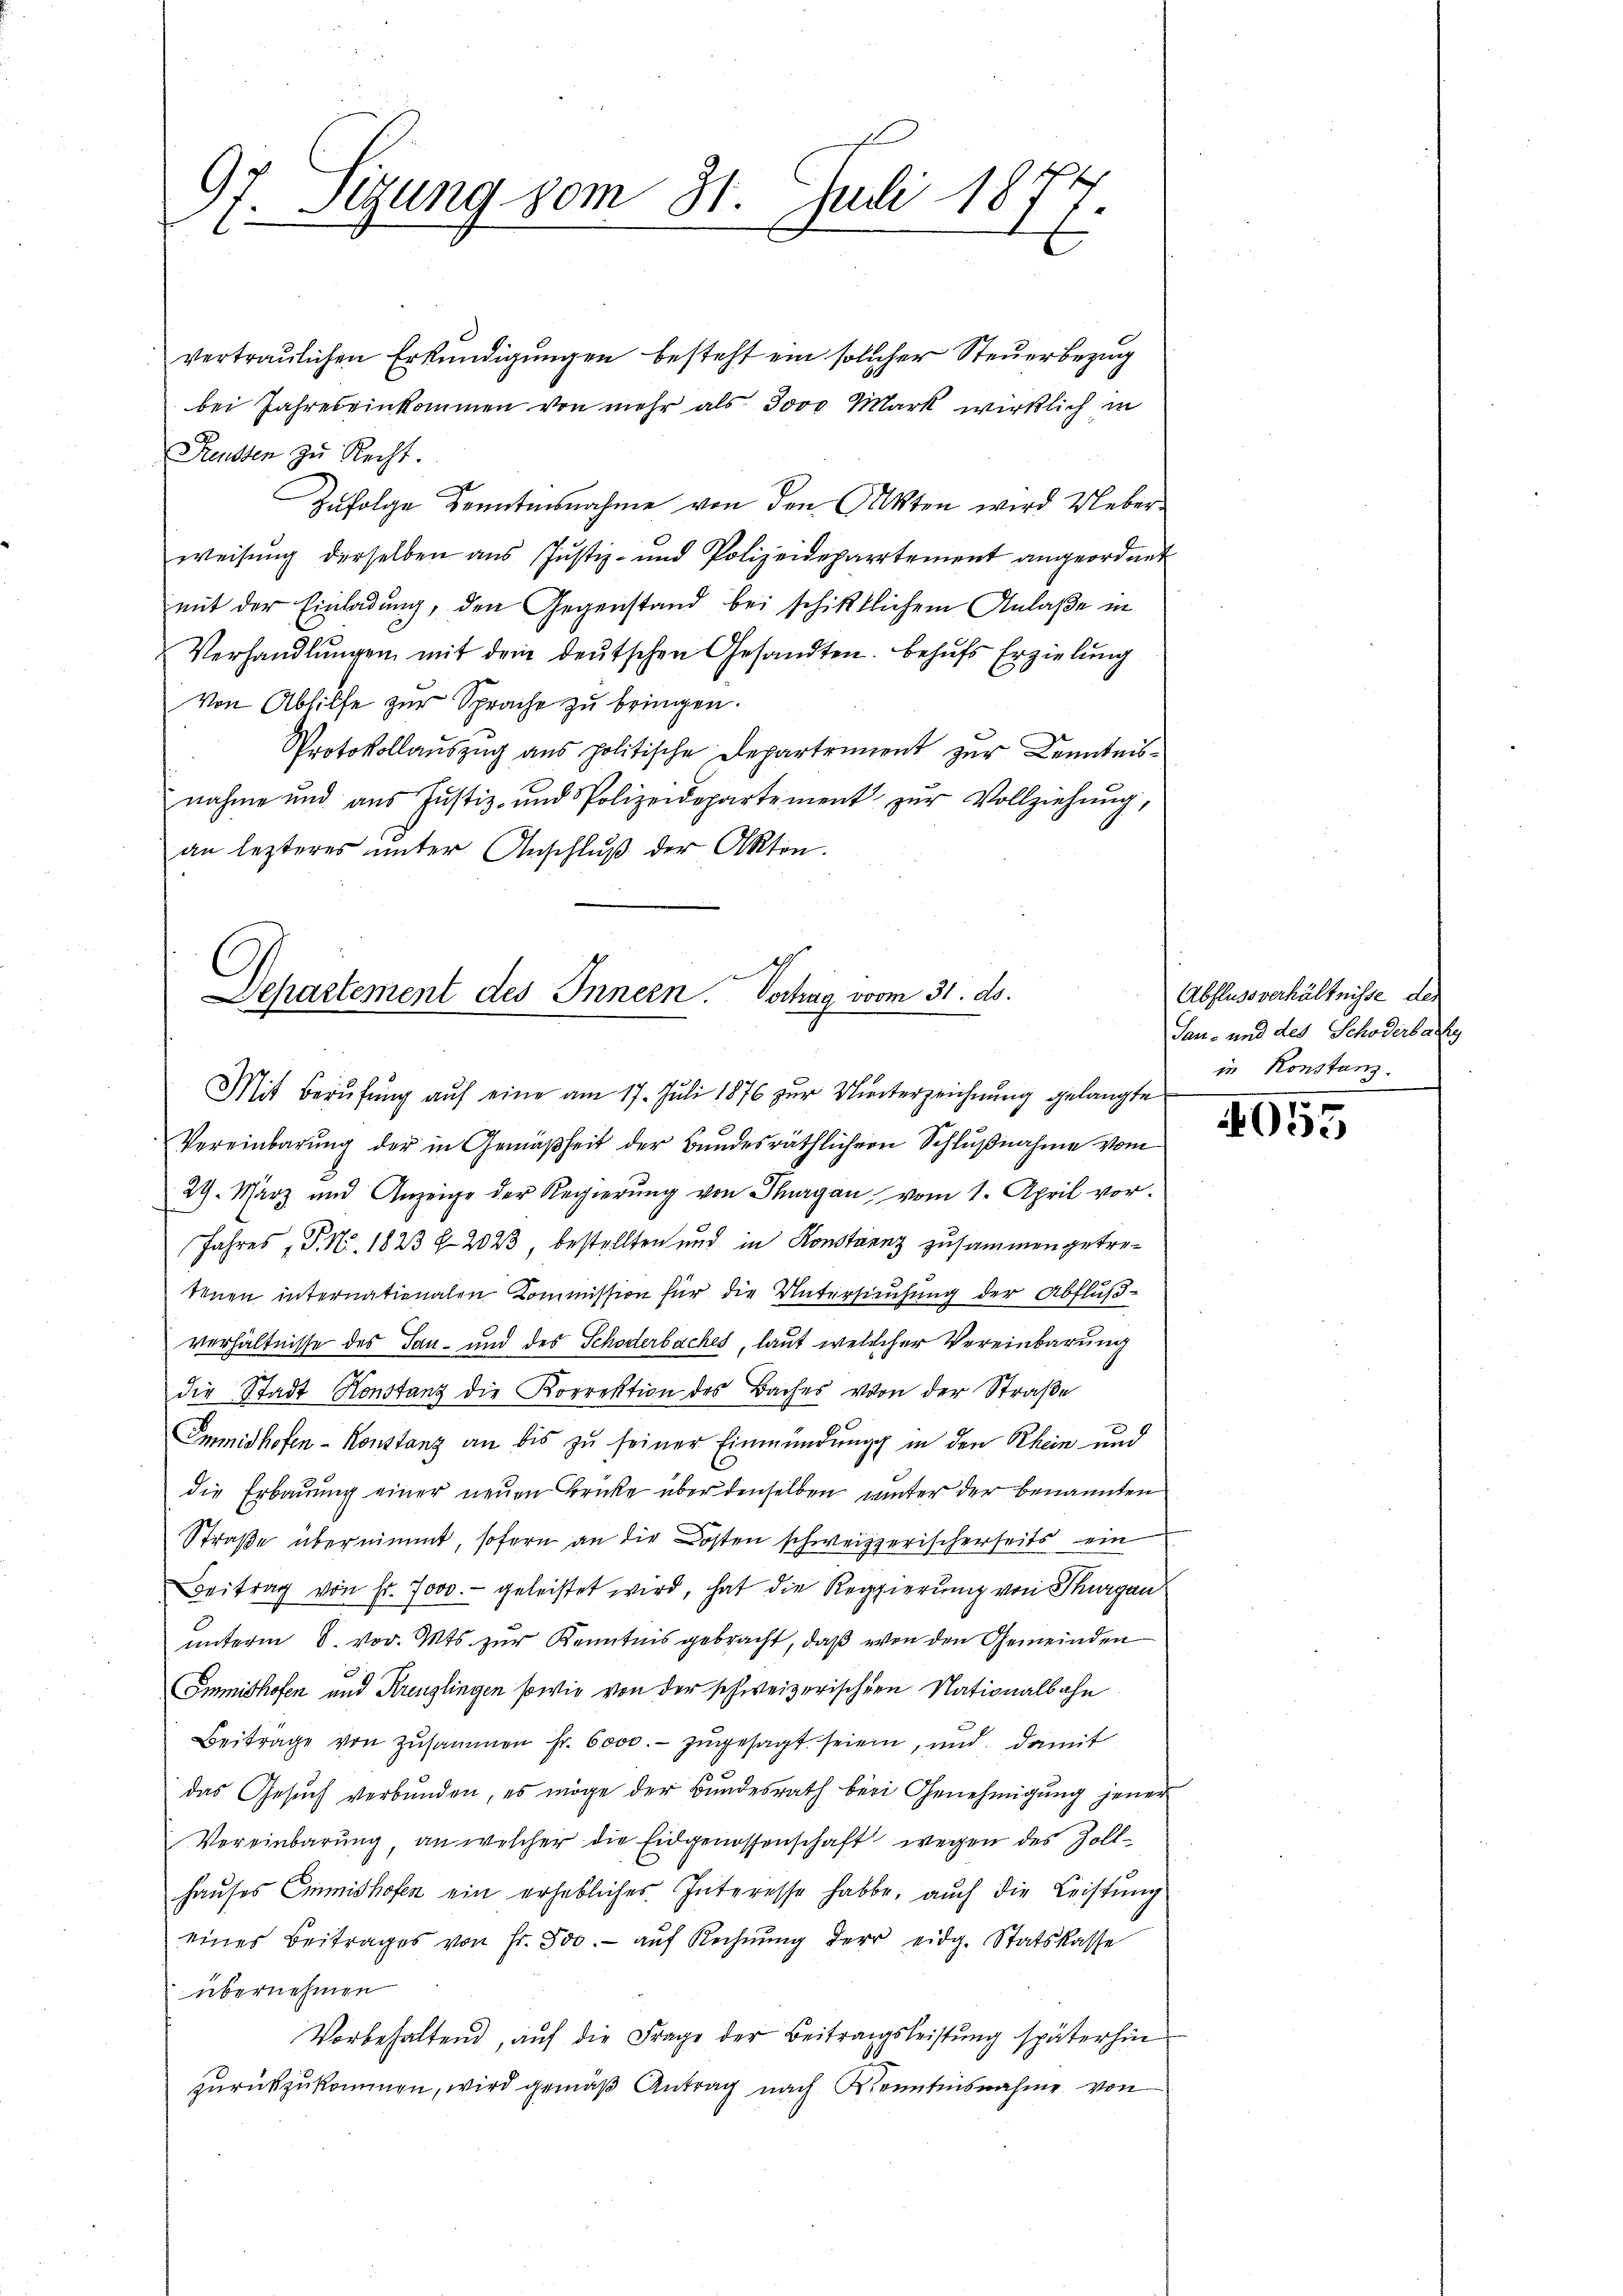
97. Sitzung vom 31. Juli 1874
E

vertraulichen Erkundigungen besteht ein solcher Steuerbezug
bei Jahres einkommen von mehr als 3000 Mark wirklich in
Reussen zu Recht.
Zufolge Kenntnisnahme von den Akten wird Ueberweisung derselben aus Justiz- und Polizeidepartement angeordnet
mit der Einladung, den Gegenstand bei schiktlichem Anlaße in
Verhandlŭngen mit dem deŭtschen Gesandten. Behŭfs Erzielung
Von Abhilfe zur Sprache zu bringen.
Protokollauszug aus politische Departiment zur Kenntnisnahme und aus Justiz- und Polizeidepartement zŭr Vollziehŭng,
an lezteres ŭnter Anschlŭβ der Akten.

Dchartement des Innern. Verhag vom 31. ds.
Mit Berufung auf eine am 17. Juli 1876 zur Unterzeichnung gelangte

Vereinbarung der in Gemäßheit der Bundesräthlichern Schlußnahme vom
29. März und Anzeige der Regierung von Thurgau vom 1. April vor.
Jahres, P. Nr. 1823 § 2023, bestellten und in Konstanz zusammen getretenen internationalen Kommission für die Untersuchung der Abflußverhältnisse des Tan- und des Schöderbaches, laut welcher Vereinbarung
die Stadt Konstanz die Korrektion des Baches von der Straße
Emmidhofen-Konstanz an bis zu seiner Einmündung in den Rhein und
die Erbauung einer neuen Brücke über denselben unter der benannten
Straße übernimmt, sofern an die Kosten schweizerischerseits ein
Beitrag von Fr. 7000.- geleistet wird, hat die Regierung von Thurgau
unterm 8. vor. Mts. zur Kenntnis gebracht, daß von den Gemeinden
Smmishofen und Kreuzlingen sowie von der schweizerischen Nationalbahn
Beitrage von Zŭsammen fr. 6000.- zŭgesagt seien, und damit
das Gesŭch verbŭnden, es möge der Bŭndesrath bei Genehmigŭng jener
Vereinbarung, an welcher die Eidgenossenschaft wegen des Zollhaŭses Emmishofen ein erhebliches Interesse habe, aŭch die Leistŭng
eines Beitrages von Fr. 500.- auf Rechnung der eidg. Statskasse
übernehmen
Vorbehaltend, auf die Frage der Beitragsleistung späterhin
zurückzukommen, wird gemäß Antrag nach Kenntnisnahme von

Abflussverhältnisse des
Sau- und des Schöderbachg
in Konstanz.

4055